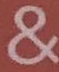
&